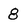
Character: 8